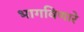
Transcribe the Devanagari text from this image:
भागविणारे